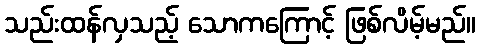
သည်းထန်လှသည့် သောကကြောင့် ဖြစ်လိမ့်မည်။